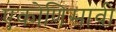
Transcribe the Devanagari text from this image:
एकोणिसावी